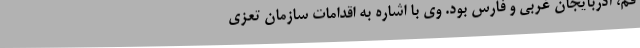
قم، آذربایجان غربی و فارس بود. وی با اشاره به اقدامات سازمان تعزی